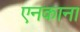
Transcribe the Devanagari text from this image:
एनकाना